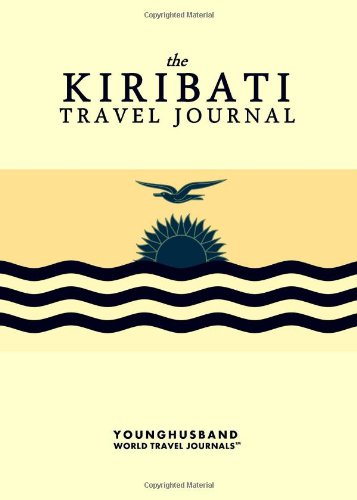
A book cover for The Kiribati Travel Journal; Younghusband World Travel Journals; Travel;